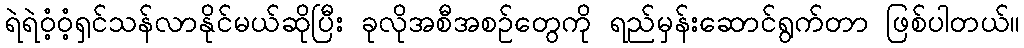
ရဲရဲဝံ့ဝံ့ရှင်သန်လာနိုင်မယ်ဆိုပြီး ခုလိုအစီအစဉ်တွေကို ရည်မှန်းဆောင်ရွက်တာ ဖြစ်ပါတယ်။